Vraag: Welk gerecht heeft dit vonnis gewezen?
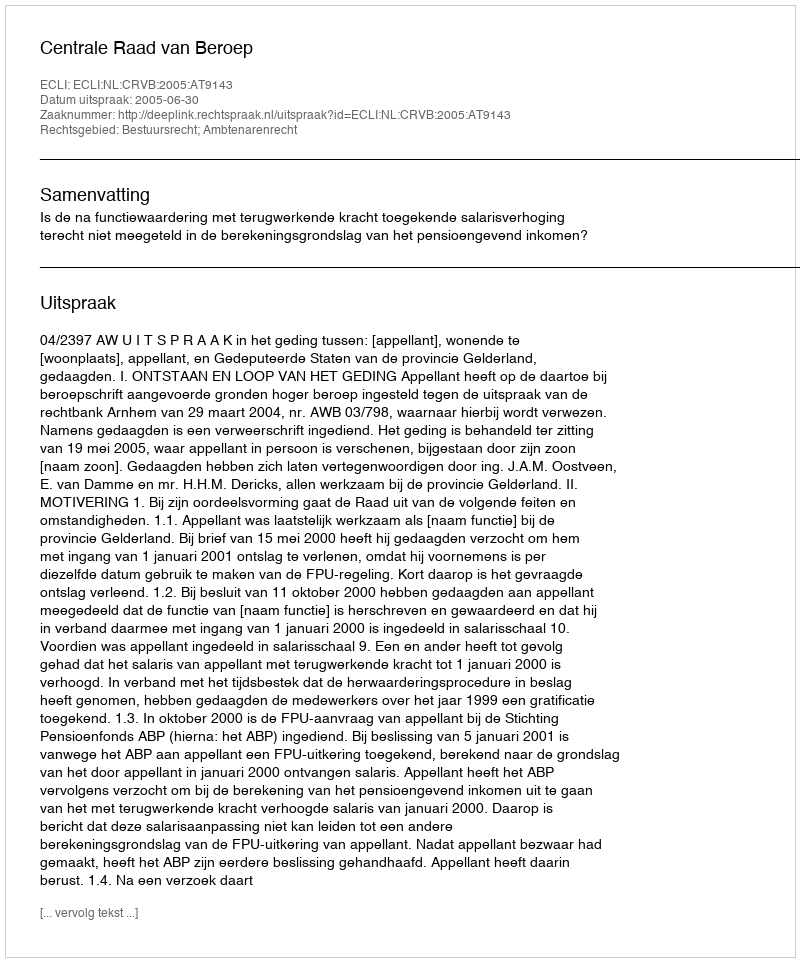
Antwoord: Centrale Raad van Beroep